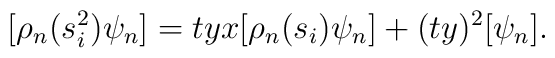
[\rho_n(s_i^2)\psi_n] = tyx [\rho_n(s_i)\psi_n] + (ty)^2[\psi_n]   .